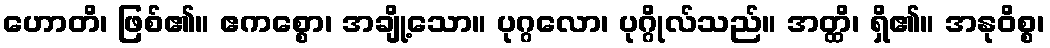
ဟောတိ၊ ဖြစ်၏။ ဧကစ္စော၊ အချို့သော။ ပုဂ္ဂလော၊ ပုဂ္ဂိုလ်သည်။ အတ္ထိ၊ ရှိ၏။ အနုဝိစ္စ၊